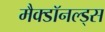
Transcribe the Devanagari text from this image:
मैक्डॉनल्ड्स